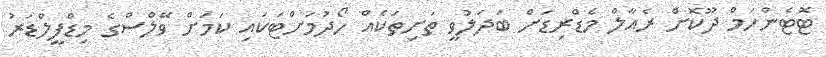
ޓޮޓެންހަމް ދޫކޮށް ރެއާލް މެޑްރިޑަށް ބަދަލުވީ ތަށިތަކެއް ހޯދުމަށްޓަކައި ކަމަށް ވޭލްސްގެ މިޑްފީލްޑަރު